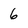
Character: 6